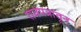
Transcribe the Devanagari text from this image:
राजपत्रातून